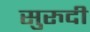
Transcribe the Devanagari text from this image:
सुरुदी